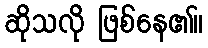
ဆိုသလို ဖြစ်နေ၏။